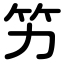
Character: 竻